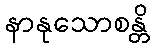
နာနုသောစန္တိ